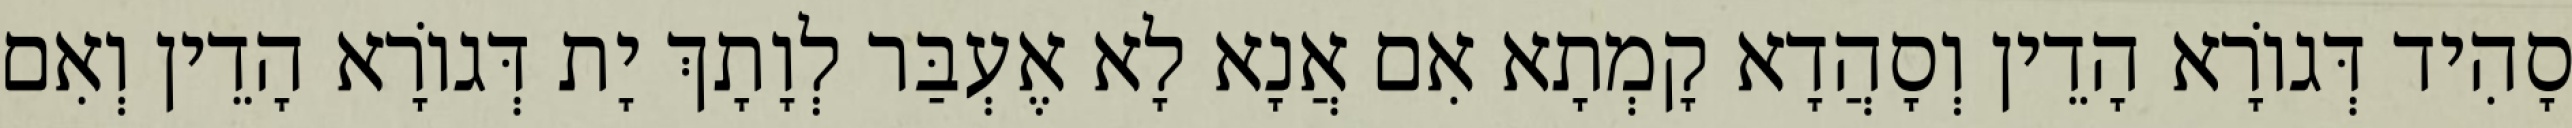
סָהִיד דְּגוֹרָא הָדֵין וְסָהֲדָא קָמְתָא אִם אֲנָא לָא אֶעְבַּר לְוָתָךְ יָת דְּגוֹרָא הָדֵין וְאִם